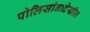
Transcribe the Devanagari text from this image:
पोलिसांनादेखील